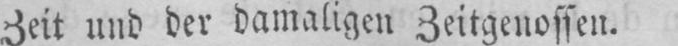
Zeit und der damaligen Zeitgenossen.